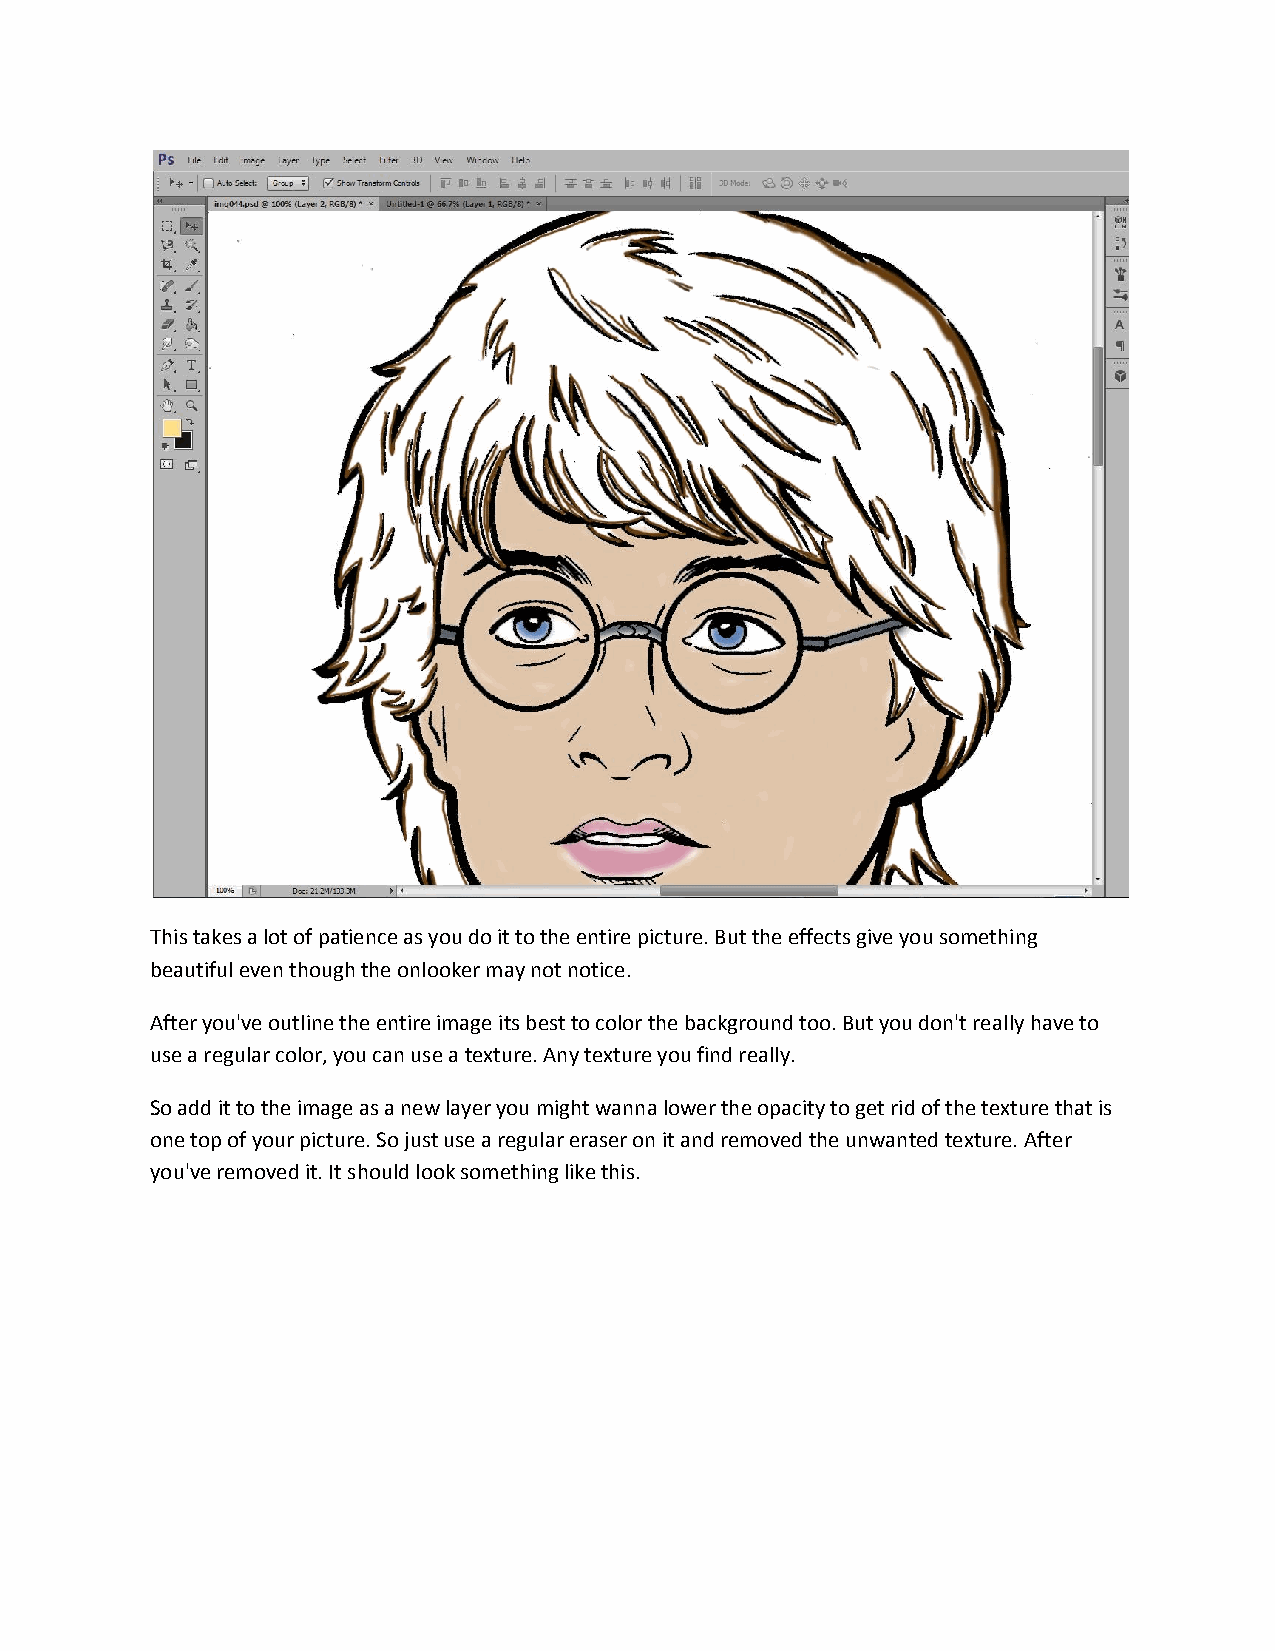
This takes a lot of patience as you do it to the entire picture. But the effects give you something
 beautiful even though the onlooker may not notice.
 After you've outline the entire image its best to color the background too. But you don't really have to
 use a regular color, you can use a texture. Any texture you find really.
 So add it to the image as a new layer you might wanna lower the opacity to get rid of the texture that is
 one top of your picture. So just use a regular eraser on it and removed the unwanted texture. After
 you've removed it. It should look something like this.